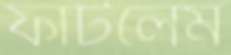
ফাটলেম